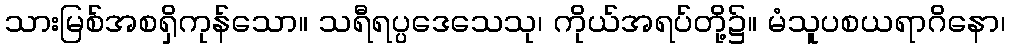
သားမြစ်အစရှိကုန်သော။ သရီရပ္ပဒေသေသု၊ ကိုယ်အရပ်တို့၌။ မံသူပစယရာဂိနော၊